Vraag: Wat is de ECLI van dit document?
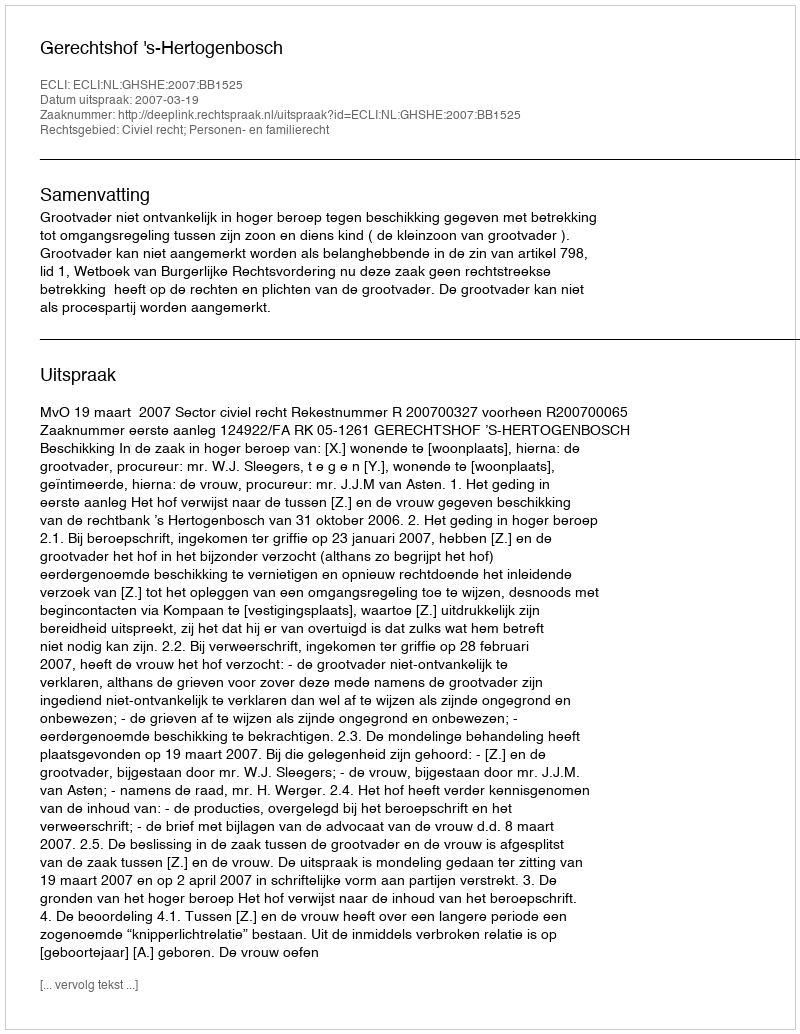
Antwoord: ECLI:NL:GHSHE:2007:BB1525